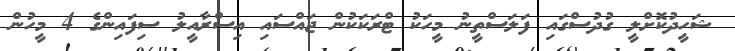
ޝަހީދުކޮށްލީ ގުދުސްގައި ފަލަސްތީނު މީހަކު ޓްރަކަކުން ޖައްސައި އިސްރާއީލު ސިފައިންގެ 4 މީހުން